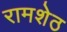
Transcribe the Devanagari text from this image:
रामशेठ